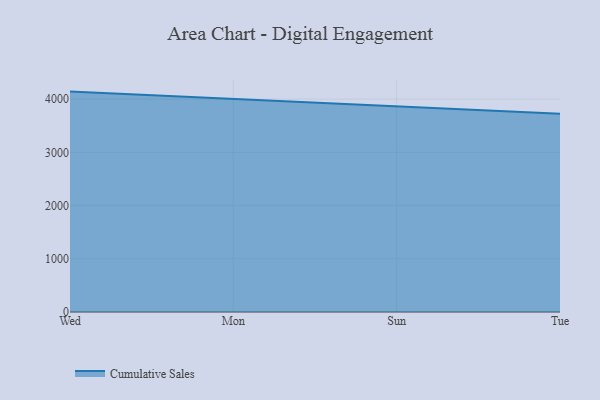
{"axis": {"x": "Day", "y": "Headcount"}, "legend": ["Cumulative Sales"], "data": [{"x": "Wed", "y": 4141.5, "type": "Cumulative Sales"}, {"x": "Mon", "y": 4000.2, "type": "Cumulative Sales"}, {"x": "Sun", "y": 3862.7, "type": "Cumulative Sales"}, {"x": "Tue", "y": 3723.6, "type": "Cumulative Sales"}]}